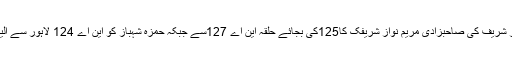
23 جون2018ء) سابق وزیراعظم نواز شریف کی صاحبزادی مریم نواز شریفک کا125کی بجائے حلقہ این اے 127سے جبکہ حمزہ شہباز کو این اے 124 لاہور سے الیکشن لڑنے کے لئے ٹکٹ جاری کردیا۔